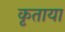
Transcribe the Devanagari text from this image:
कृताया